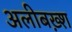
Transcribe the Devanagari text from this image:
अलीबख़्श